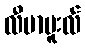
လီဗာပူးလ်